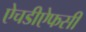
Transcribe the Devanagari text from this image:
ऐचडीऐफसी